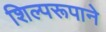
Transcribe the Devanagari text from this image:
शिल्परूपाने